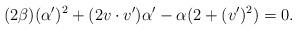
LaTeX: \begin{align*}(2\beta)(\alpha')^2 + (2v\cdot v')\alpha' -\alpha(2 + (v')^2) = 0.\end{align*}